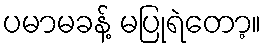
ပမာမခန့် မပြုရဲတော့။